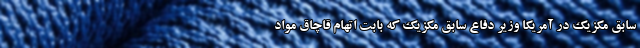
سابق مکزیک در آمریکا وزیر دفاع سابق مکزیک که بابت اتهام قاچاق مواد